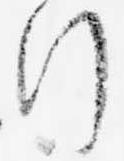
行